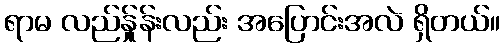
ရာမ လည်န်ှုန်းလည်း အပြောင်းအလဲ ရှိတယ်။